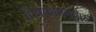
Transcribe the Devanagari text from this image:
चिक्कामगलारू